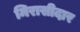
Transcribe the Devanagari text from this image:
मिरासीदार